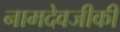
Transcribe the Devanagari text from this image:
नामदेवजीकी